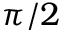
\pi / 2